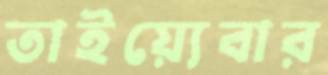
তাইয়্যেবার